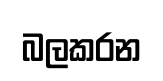
බලකරන